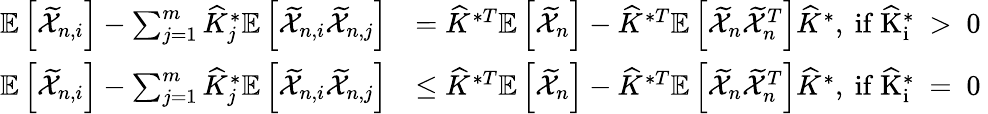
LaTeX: \begin{array}{rl}{\mathbb{E}\left[\widetilde{\mathcal{X}}_{n,i}\right]-\sum_{j=1}^{m}\widehat{K}_{j}^{*}\mathbb{E}\left[\widetilde{\mathcal{X}}_{n,i}\widetilde{\mathcal{X}}_{n,j}\right]}&{=\widehat{K}^{*T}\mathbb{E}\left[\widetilde{\mathcal{X}}_{n}\right]-\widehat{K}^{*T}\mathbb{E}\left[\widetilde{\mathcal{X}}_{n}\widetilde{\mathcal{X}}_{n}^{T}\right]\widehat{K}^{*},\mathrm{~if~\widehat{K}_i^*~>~0~}}\\ {\mathbb{E}\left[\widetilde{\mathcal{X}}_{n,i}\right]-\sum_{j=1}^{m}\widehat{K}_{j}^{*}\mathbb{E}\left[\widetilde{\mathcal{X}}_{n,i}\widetilde{\mathcal{X}}_{n,j}\right]}&{\leq\widehat{K}^{*T}\mathbb{E}\left[\widetilde{\mathcal{X}}_{n}\right]-\widehat{K}^{*T}\mathbb{E}\left[\widetilde{\mathcal{X}}_{n}\widetilde{\mathcal{X}}_{n}^{T}\right]\widehat{K}^{*},\mathrm{~if~\widehat{K}_i^*~=~0~}}\end{array}